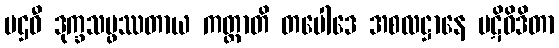
ပဌဝီ ဒုက္ခသမ္ဖဿတာယ ကတ္ထာတိ တပေါဒေ အစလဋ္ဌာနေ ပဋိဝိဒိတာ